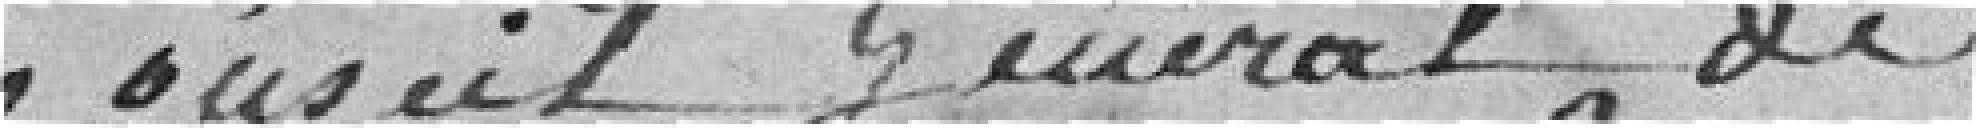
Conseil Général de